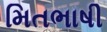
મિતભાષી